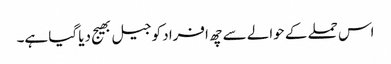
اس حملے کے حوالے سے چھ افراد کو جیل بھیج دیا گیا ہے۔